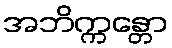
အဘိက္ကန္တော